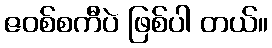
ဇဝစ်စကီပဲ ဖြစ်ပါ တယ်။